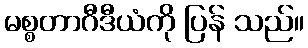
မစ္စတာဂီဒီယံကို ပြန် သည်။